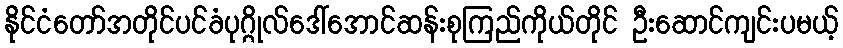
နိုင်ငံတော်အတိုင်ပင်ခံပုဂ္ဂိုလ်ဒေါ်အောင်ဆန်းစုကြည်ကိုယ်တိုင် ဦးဆောင်ကျင်းပမယ့်